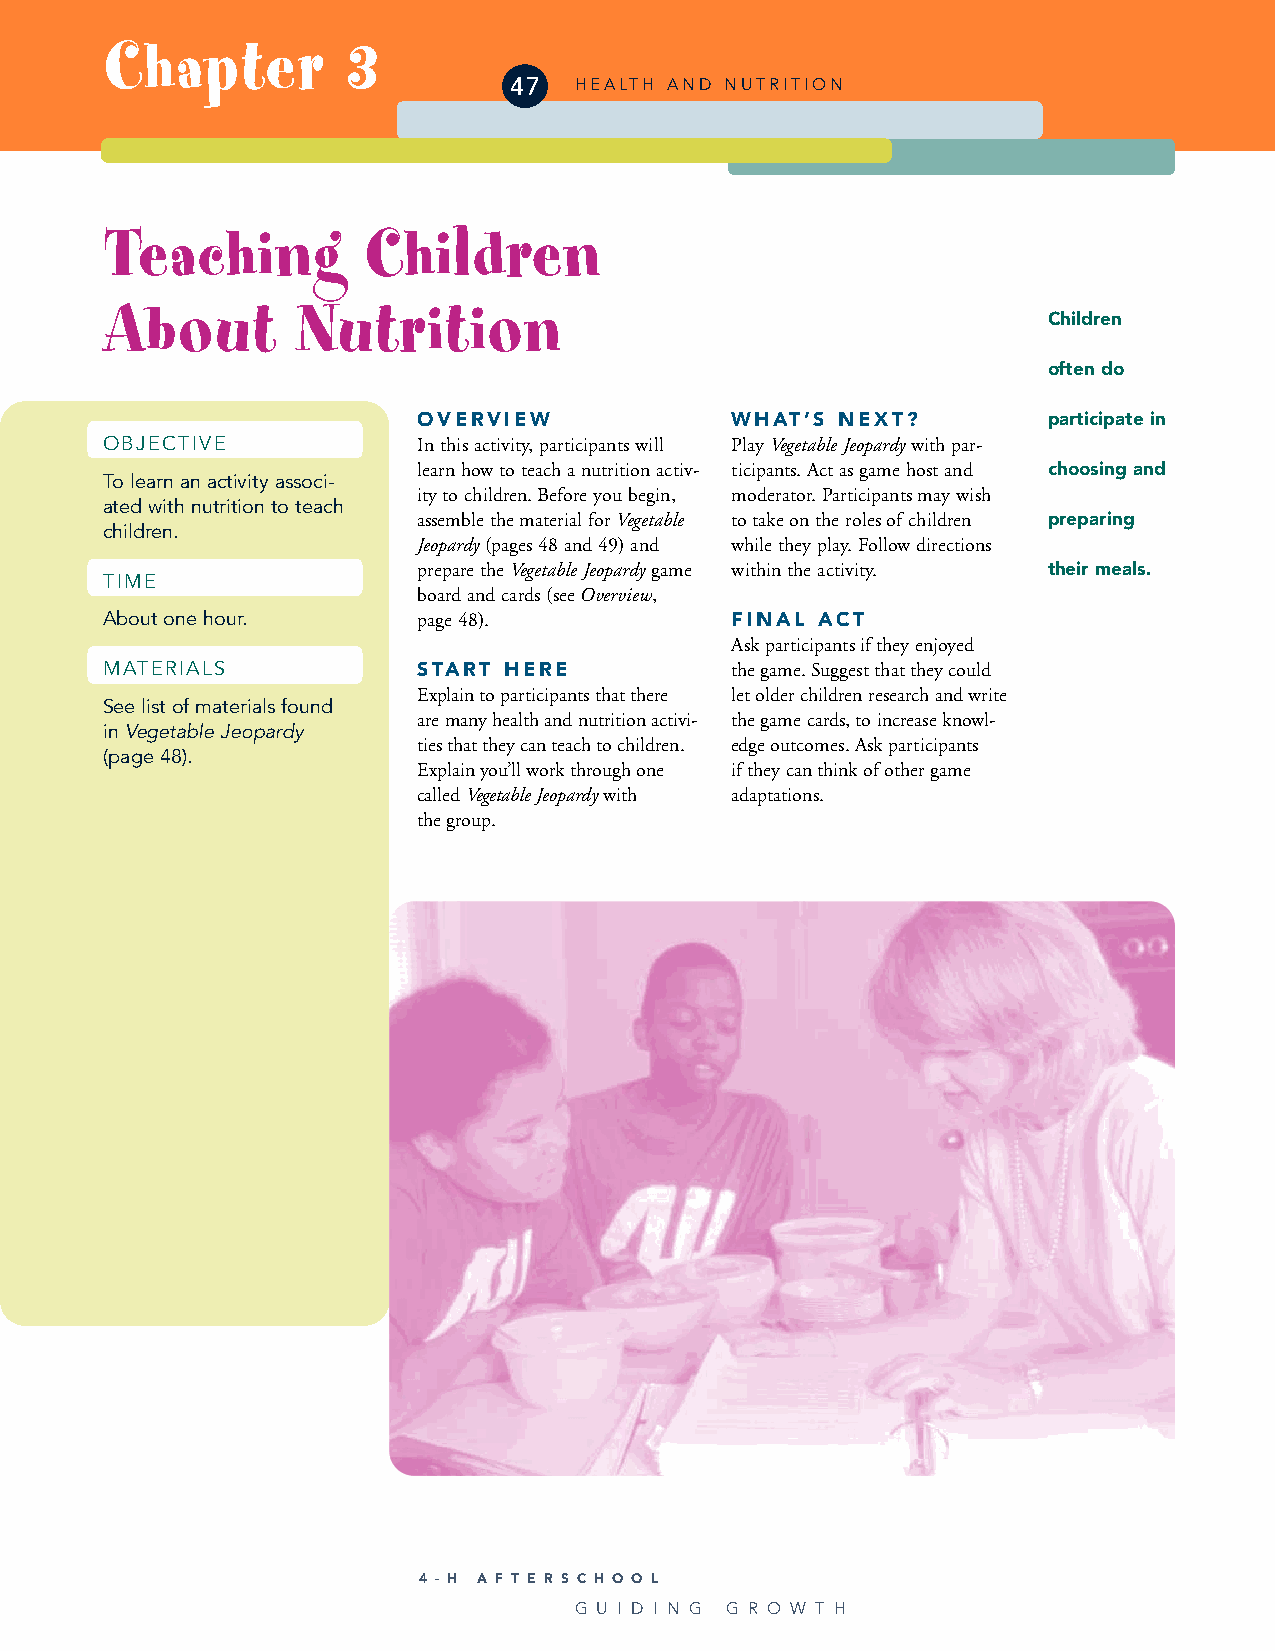
Chapter         3
 47  HEALTH AND NUTRITION
 Teaching         Children
 About        Nutrition
 Children
 often do
 OVERVIEW            WHAT’S  NEXT?        participate in
 OBJECTIVE            In this activity, participants will Play Vegetable Jeopardywith par-
 learn how to teach a nutrition activ- ticipants. Act as game host and choosing and
 To learn an activity associ-
 ity to children. Before you begin, moderator. Participants may wish
 ated with nutrition to teach
 assemble the material for Vegetable to take on the roles of children preparing
 children.
 Jeopardy(pages 48 and 49) and while they play. Follow directions
 prepare the Vegetable Jeopardygame within the activity. their meals.
 TIME
 board and cards (see Overview,
 About one hour.      page 48).           FINAL ACT
 Ask participants if they enjoyed
 MATERIALS            START HERE          the game. Suggest that they could
 Explain to participants that there let older children research and write
 See list of materials found
 are many health and nutrition activi- the game cards, to increase knowl-
 in Vegetable Jeopardy
 ties that they can teach to children. edge outcomes. Ask participants
 (page 48).
 Explain you’ll work through one if they can think of other game
 called Vegetable Jeopardywith adaptations.
 the group.
 4 - H A F T E R S C H O O L
 G U I D I N G G R O W T H